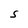
Character: S